Leprosy in India: report of the Leprosy Commission in India, 1890-91
Year: 1890
Disease focus: Leprosy
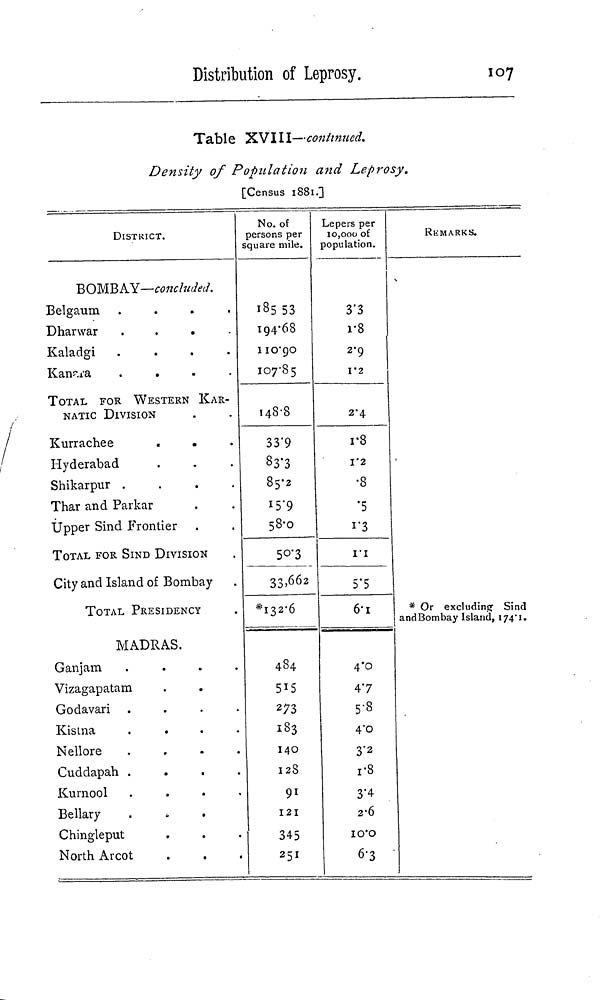
Distribution of Leprosy.
107
Table XVlll—continued.
Density of Population and Leprosy.
[Census 1881.]
DISTRICT.
BOMBAY—concluded.
B e l g a u m
.
.
.
.
D h a r w a r
.
K a l a d g i
.
.
.
.
K a n a r a
.
.
.
.
TOTAL FOR WESTERN KAR-
NATIC DIVISION
Kurrachee
.
.
Hyderabad
Shikarpur
.
.
.
.
Thar and Parkar
Upper Sind Frontier
TOTAL FOR SIND DIVISION
City and Island of Bombay
TOTAL PRESIDENCY
MADRAS.
Ganjam
.
.
.
.
Vizagapatam
Godavari
.
.
.
.
Kistna
.
.
.
.
Nellore
.
.
.
.
Cuddapah
.
.
.
.
Kurnool
.
.
.
.
Bellary
Chingleput
North Arcot
No. of
persons per
square mile.
194·68
110·90
107·85
148·8
33·9
33·3
85·2
15·9
58·0
50·3
33,662
*132·6
484
515
273
183
140
128
91
121
345
251
Lepers per
10,000 of
population.
3·3
r8
2·9
I'2
2·4
r8
I·2
•8
·5
1·3
1·1
5·5
6·1
4·0
47
5·8
4·0
3·2
1·8
3·4
2·6
10·0
6·3
REMARKS.
* Or excluding Sind
and Bombay Island, 174·1.